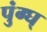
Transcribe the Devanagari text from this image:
पुंग्घ्